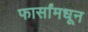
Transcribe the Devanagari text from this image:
फार्सांमधून